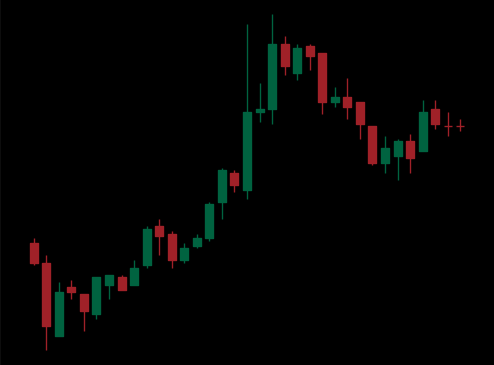
Pattern: bear_flag